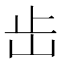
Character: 𡵩